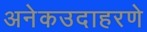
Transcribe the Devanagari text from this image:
अनेकउदाहरणे